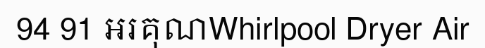
94 91 អរគុណWhirlpool Dryer Air